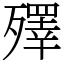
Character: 殬